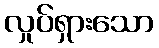
လှုပ်ရှားသော